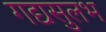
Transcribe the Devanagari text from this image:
गद्यसुलभ